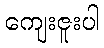
ကျေးဇူးပါ